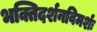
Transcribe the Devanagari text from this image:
भक्तिदर्शनविमर्शः